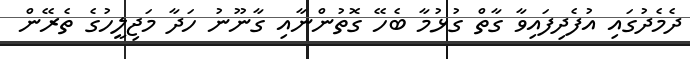
ދެމެދުގައި އުފެދިފައިވާ ގާތް ގުޅުމާ ބެހޭ ގޮތުންނާއި ގާނޫނު ހަދާ މަޖިލީހުގެ ތެރޭން